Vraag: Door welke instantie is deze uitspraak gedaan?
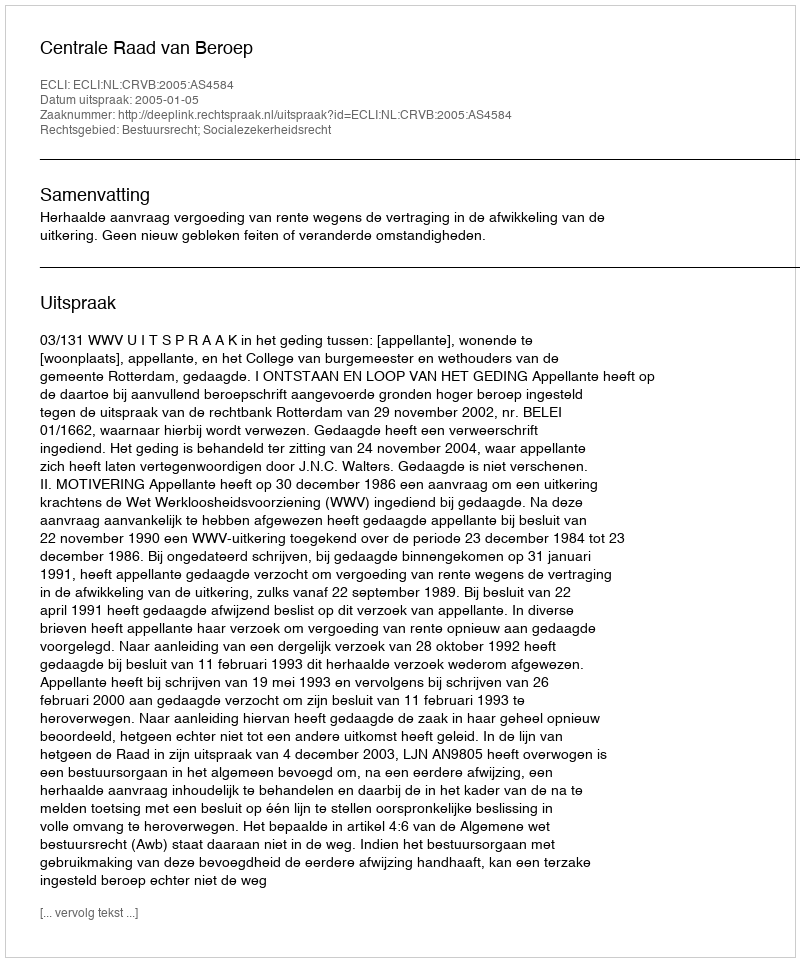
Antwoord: Centrale Raad van Beroep